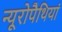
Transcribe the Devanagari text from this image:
न्यूरोपैथियां